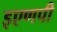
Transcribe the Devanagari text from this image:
इएणपी